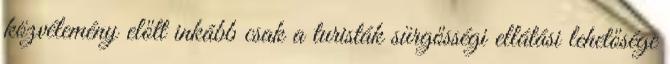
közvélemény előtt inkább csak a turisták sürgősségi ellátási lehetősége